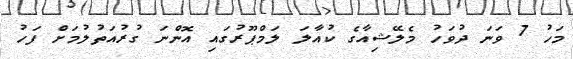
މަހު 7 ވަނަ ދުވަހު މެލޭޝިއާގެ ކުއާލަ ލަމްޕޫރުގައި އޮންނަ ގުރުއަތުލުމަށް ފަހު